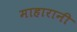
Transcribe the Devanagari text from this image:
माहारानी